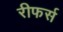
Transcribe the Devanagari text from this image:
रीफर्स